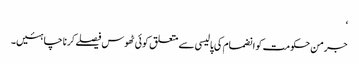
‘
جرمن حکومت کو انضمام کی پالیسی سے متعلق کوئی ٹھوس فیصلے کرنا چاہئیں۔